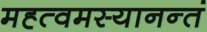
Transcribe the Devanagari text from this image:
मह्त्वमस्यानन्तं